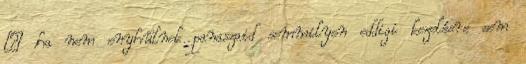
– ha nem enyhülnek panaszaid semmilyen eddigi kezelésre sem